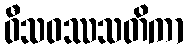
ဝီသဝဿသတိကာ